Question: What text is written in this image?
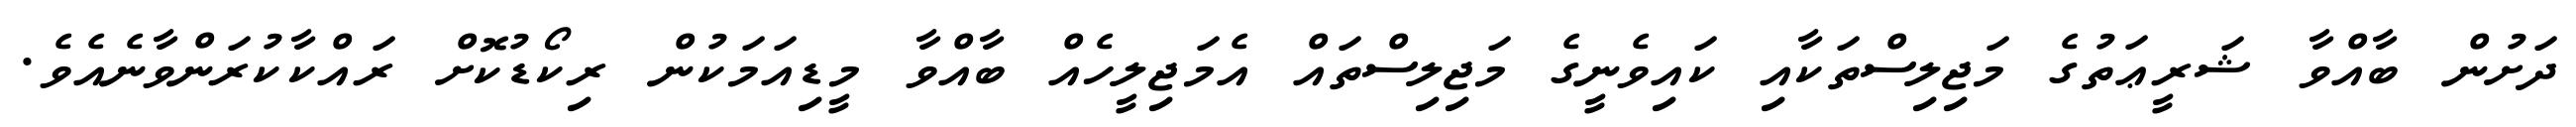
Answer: ދަށުން ބާއްވާ ޝަރީޢަތުގެ މަޖިލިސްތަކާއި ކައިވެނީގެ މަޖިލިސްތައް އެމަޖިލީހެއް ބާއްވާ މީޑިއަމަކުން ރިކޯޑުކޮށް ރައްކާކުރަންވާނެއެވެ.